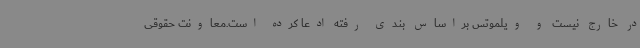
در خارج نیست و ویلموتس براساس بندی رفته ادعا کرده است.معاونت حقوقی